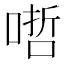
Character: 𠹗